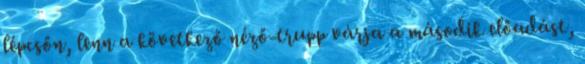
lépcsőn, lenn a következő néző-trupp várja a második előadást,